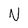
Character: N